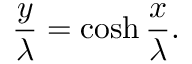
\frac { y } { \lambda } = \cosh \frac { x } { \lambda } .